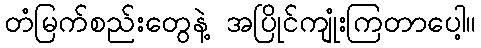
တံမြက်စည်းတွေနဲ့ အပြိုင်ကျုံးကြတာပေါ့။